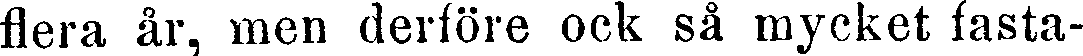
flera år, men derföre ock så mycket fasta-